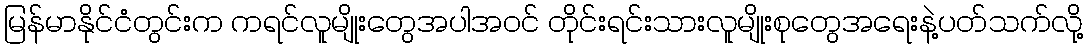
မြန်မာနိုင်ငံတွင်းက ကရင်လူမျိုးတွေအပါအဝင် တိုင်းရင်းသားလူမျိုးစုတွေအရေးနဲ့ပတ်သက်လို့